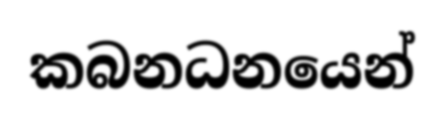
කබනධනයෙන්